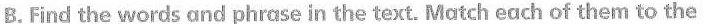
B. Find the words and phrase in the text. Match each of them to the